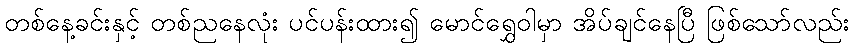
တစ်နေ့ခင်းနှင့် တစ်ညနေလုံး ပင်ပန်းထား၍ မောင်ရွှေဝါမှာ အိပ်ချင်နေပြီ ဖြစ်သော်လည်း